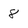
Character: 8